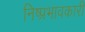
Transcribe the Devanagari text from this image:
निष्प्रभावकारी